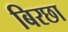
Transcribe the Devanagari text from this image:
बिरछा